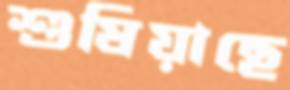
শুষিয়াছে